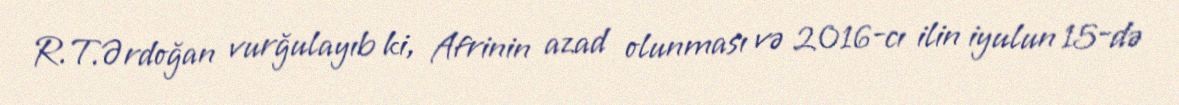
R.T.Ərdoğan vurğulayıb ki, Afrinin azad olunması və 2016-cı ilin iyulun 15-də